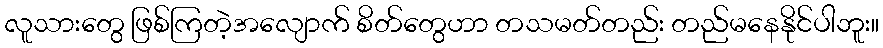
လူသားတွေ ဖြစ်ကြတဲ့အလျောက် စိတ်တွေဟာ တသမတ်တည်း တည်မနေနိုင်ပါဘူး။